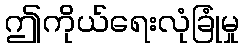
ဤကိုယ်ရေးလုံခြုံမှု